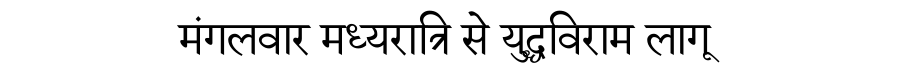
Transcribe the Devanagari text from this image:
मंगलवार मध्यरात्रि से युद्धविराम लागू